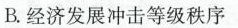
B.经济发展冲击等级秩序